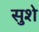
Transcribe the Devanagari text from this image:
सुशे